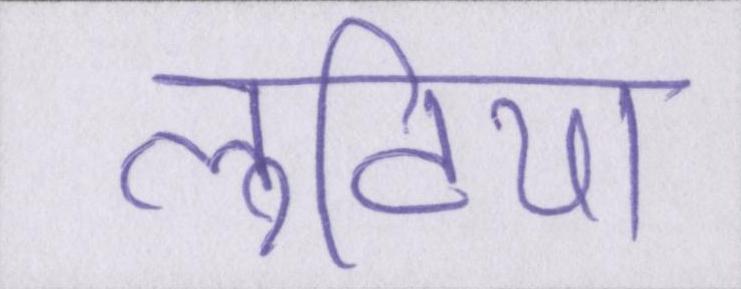
लुटिया